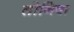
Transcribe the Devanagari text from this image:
तोनिषा